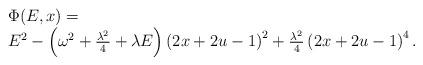
LaTeX: \begin{align*}\begin{array}{rl}\ &\Phi(E,x)= \ \\ \ & E^2-\left( \omega^2 + \frac{\lambda^2}{4} + \lambda E \right)\left(2x+2u-1\right)^2 + \frac{\lambda^2}{4}\left( 2 x +2 u -1 \right)^4 .\end{array}\end{align*}